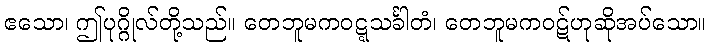
ဧသော၊ ဤပုဂ္ဂိုလ်တို့သည်။ တေဘူမကဝဋ္ဋသင်္ခါတံ၊ တေဘူမကဝဋ်ဟုဆိုအပ်သော။